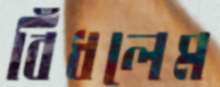
বিঁধলেম